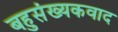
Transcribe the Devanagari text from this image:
बहुसंख्यकवाद